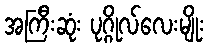
အကြီးဆုံး ပုဂ္ဂိုလ်လေးမျိုး